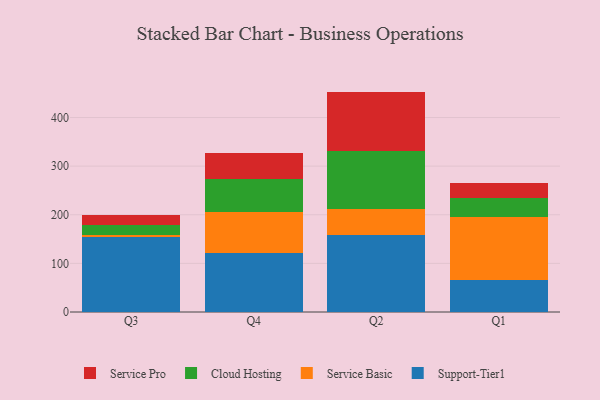
{"axis": {"x": "Quarter", "y": "Bounce Rate (%)"}, "legend": ["Cloud Hosting", "Service Basic", "Service Pro", "Support-Tier1"], "data": [{"x": "Q3", "y": 153.4, "type": "Support-Tier1"}, {"x": "Q3", "y": 5.6, "type": "Service Basic"}, {"x": "Q3", "y": 19.3, "type": "Cloud Hosting"}, {"x": "Q3", "y": 21.6, "type": "Service Pro"}, {"x": "Q4", "y": 121.7, "type": "Support-Tier1"}, {"x": "Q4", "y": 83.7, "type": "Service Basic"}, {"x": "Q4", "y": 69.0, "type": "Cloud Hosting"}, {"x": "Q4", "y": 53.2, "type": "Service Pro"}, {"x": "Q2", "y": 158.5, "type": "Support-Tier1"}, {"x": "Q2", "y": 53.4, "type": "Service Basic"}, {"x": "Q2", "y": 118.5, "type": "Cloud Hosting"}, {"x": "Q2", "y": 122.9, "type": "Service Pro"}, {"x": "Q1", "y": 65.6, "type": "Support-Tier1"}, {"x": "Q1", "y": 130.6, "type": "Service Basic"}, {"x": "Q1", "y": 38.4, "type": "Cloud Hosting"}, {"x": "Q1", "y": 29.8, "type": "Service Pro"}]}